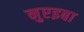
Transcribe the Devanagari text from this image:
नुएइबा